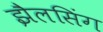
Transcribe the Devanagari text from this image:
झैलसिंग